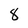
Character: 8